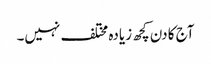
آج کا دن کچھ زیادہ مختلف نہیں۔